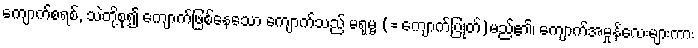
ကျောက်စရစ်, သဲတို့စု၍ ကျောက်ဖြစ်နေသော ကျောက်သည် မရုမ္ဗ (= ကျောက်ပြုတ်)မည်၏၊ ကျောက်အမှုန်လေးများကား